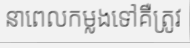
នាពេលកម្លងទៅគឺត្រូវ